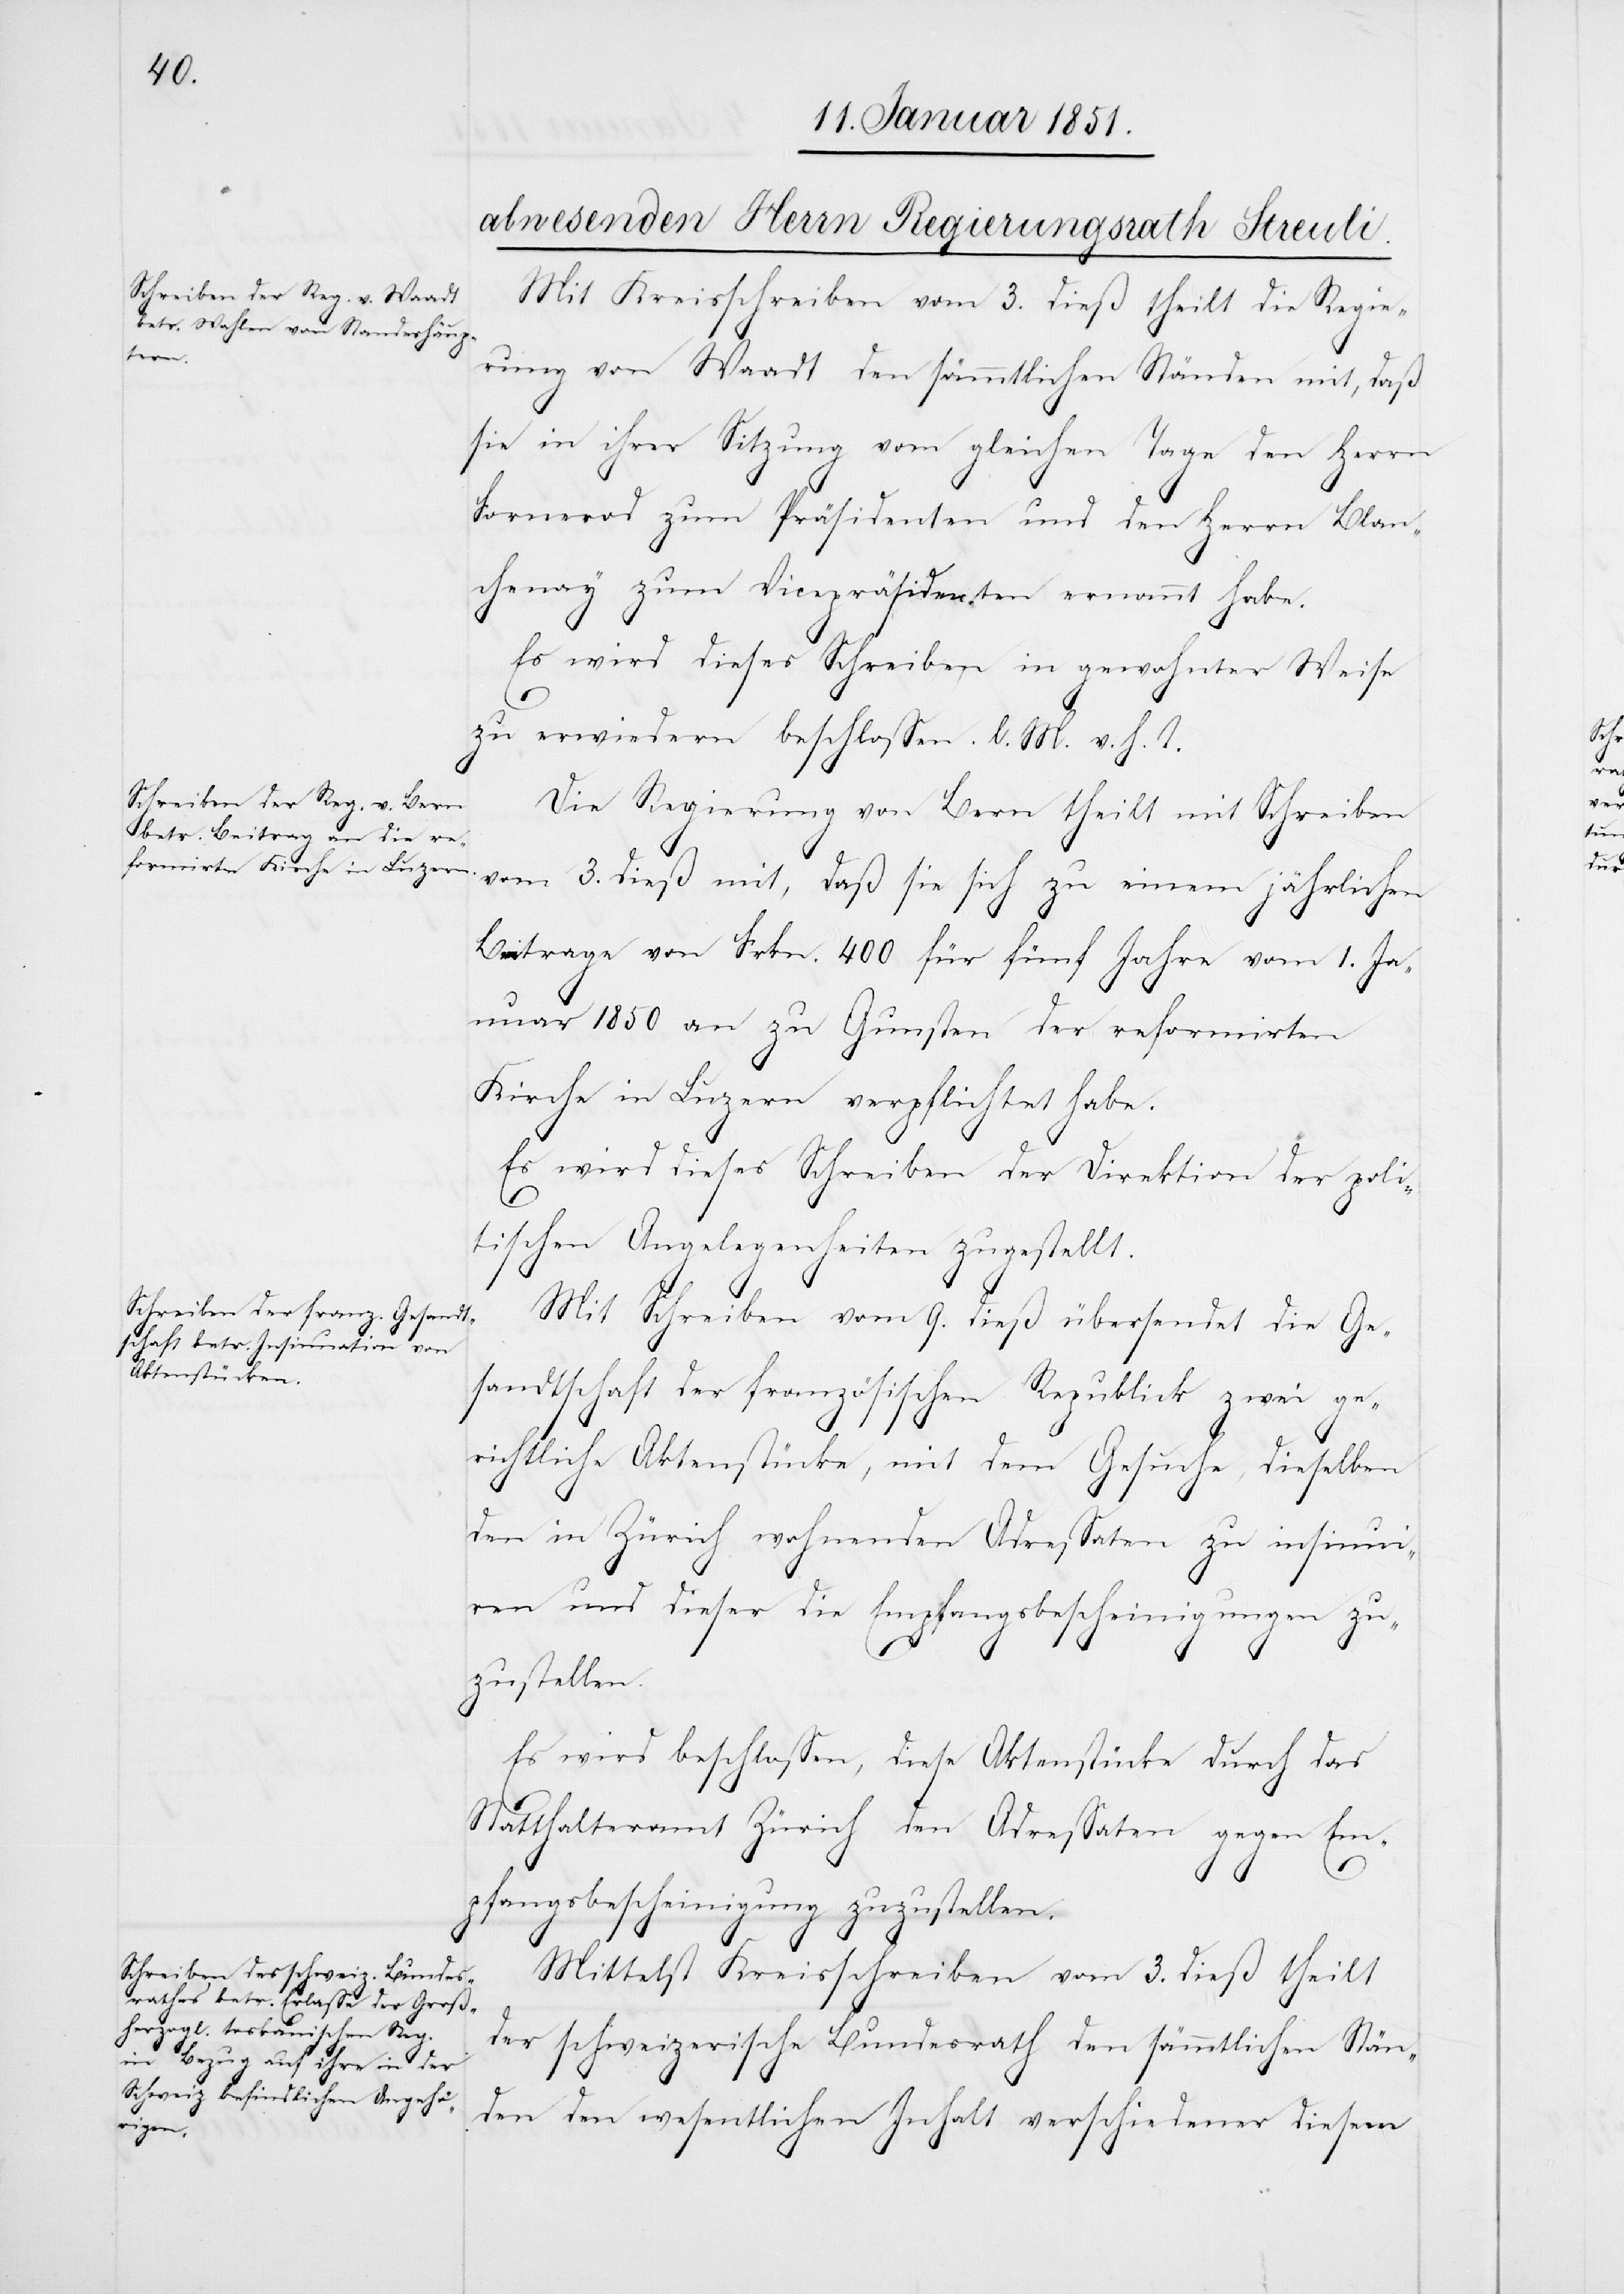
Mit Kreisschreiben vom 3. dieß theilt die Regie¬
rung von Waadt den sämmtlichen Ständen mit, daß
sie in ihrer Sitzung vom gleichen Tage den Herrn
Fornerod zum Präsidenten und den Herrn Blan¬
chenay zum Vicepräsidenten ernannt habe.
Es wird dieses Schreiben in gewohnter Weise
zu erwiedern beschlossen. l. M. v. h. T.
Die Regierung von Bern theilt mit Schreiben
vom 3. dieß mit, daß sie sich zu einem jährlichen
Beitrage von Frkn. 400 für fünf Jahre vom 1. Ja¬
nuar 1850 an zu Gunsten der reformirten
Kirche in Luzern verpflichtet habe.
Es wird dieses Schreiben der Direktion der poli¬
tischen Angelegenheiten zugestellt.
Mit Schreiben vom 9. dieß übersendet die Ge¬
sandtschaft der französischen Republick zwei ge¬
richtliche Aktenstücke, mit dem Gesuche, dieselben
den in Zürich wohnenden Adressaten zu insinui¬
ren und dieser die Empfangsbescheinigungen zu¬
zustellen.
Es wird beschlossen, diese Aktenstücke durch das
Statthalteramt Zürich den Adressaten gegen Em¬
pfangsbescheinigung zuzustellen.
Mittelst Kreisschreiben vom 3. dieß theilt
der schweizerische Bundesrath den sämmtlichen Stän¬
den den wesentlichen Inhalt verschiedener diesem